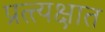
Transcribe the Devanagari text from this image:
प्रत्त्यक्षात